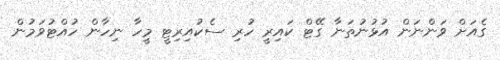
ގެއަށް ވަންނަން އުޅުނުތަނާ ގޭޓް ކައިރީ ހުރި ސެކުއިރިޓީ މީހާ ނިހާން ހުއްޓުވަމުން